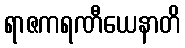
ရာဇကရဏီယေနာတိ